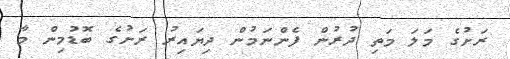
ރަށުގެ މަލަ މަތި ދުރުން ފެންނަމުން ދިޔައިރު ރަށުގެ ބޮޑުމިން މާ